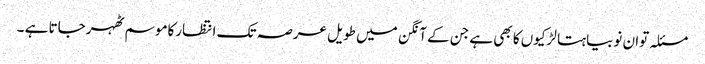
مسئلہ توان نوبیاہتا لڑکیوں کا بھی ہے جن کے آنگن میں طویل عرصہ تک انتظارکاموسم ٹھہرجاتا ہے ۔